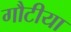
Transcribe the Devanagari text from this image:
गौटीया